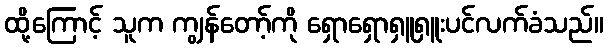
ထို့ကြောင့် သူက ကျွန်တော့်ကို ရှောရှောရှူရှူးပင်လက်ခံသည်။